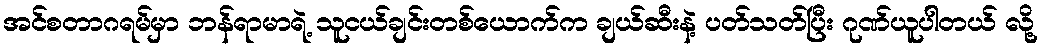
အင်စတာဂရမ်မှာ ဘန်ရာမာရဲ့ သူငယ်ချင်းတစ်ယောက်က ချယ်ဆီးနဲ့ ပတ်သတ်ပြီး ဂုဏ်ယူပါတယ် လို့